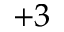
+ 3